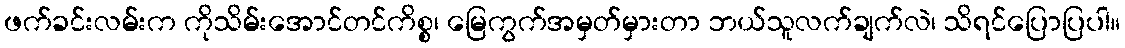
ဖက်ခင်းလမ်းက ကိုသိမ်းအောင်တင်ကိစ္စ၊ မြေကွက်အမှတ်မှားတာ ဘယ်သူလက်ချက်လဲ၊ သိရင်ပြောပြပါ။